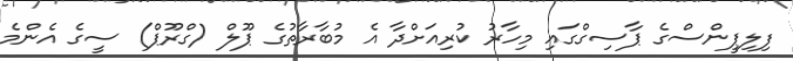
ފިލިޕީންސްގެ ޕާސިގްގައި މިހާރު ކުރިއަށްދާ އެ މުބާރާތުގެ ޕޫލް (ގްރޫޕް) ސީގެ އެންމެ